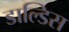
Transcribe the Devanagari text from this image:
डाल्डिस